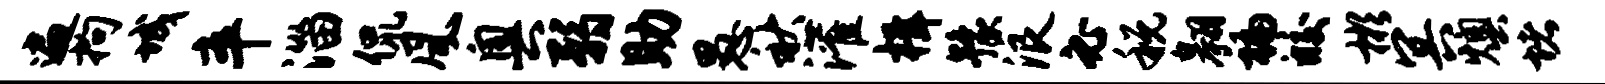
遍拘城卒淄侃风奥弱助愚秋灌楫豫浪必税翱褊皎彬冥燠堵